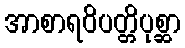
အာစာရဝိပတ္တိပုစ္ဆာ